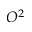
O ^ { 2 }